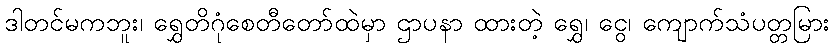
ဒါတင်မကဘူး၊ ရွှေတိဂုံစေတီတော်ထဲမှာ ဌာပနာ ထားတဲ့ ရွှေ၊ ငွေ၊ ကျောက်သံပတ္တမြား